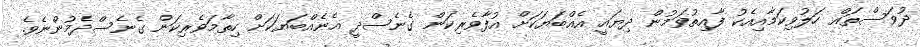
ދުވަސްތައް ހަލުވިކަމާއިއެކު ފާއިތުވަމުން ދިޔައީ އެއްބަޔަކަށް އުފާވެރިކަން ގެނެސްދީ އެނެއްބަޔަކަށް ހިތާމަވެރިކަން ގެނެސްދެމުންނެވެ.